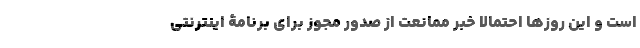
است و این روزها احتمالا خبر ممانعت از صدور مجوز برای برنامۀ اینترنتی